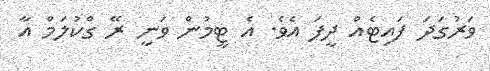
ވަރުގަދަ ފައިޓެއް ދީފަ އެވެ. އެ ޓީމުން ވަނީ ރޭ ގްކުލަމް އާ